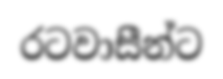
රටවාසීන්ට